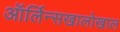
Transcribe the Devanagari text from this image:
ऑर्लिन्सखालोखाल